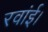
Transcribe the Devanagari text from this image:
रवांई।